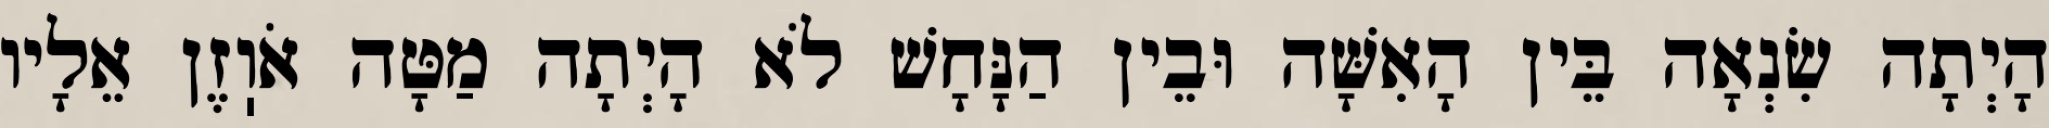
הָיְתָה שִׂנְאָה בֵּין הָאִשָּׁה וּבֵין הַנָּחָשׁ לֹא הָיְתָה מַטָּה אֹוֽזֶן אֵלָיו